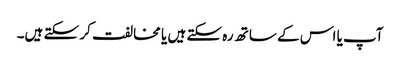
آپ یا اس کے ساتھ رہ سکتے ہیں یا مخالفت کر سکتے ہیں۔